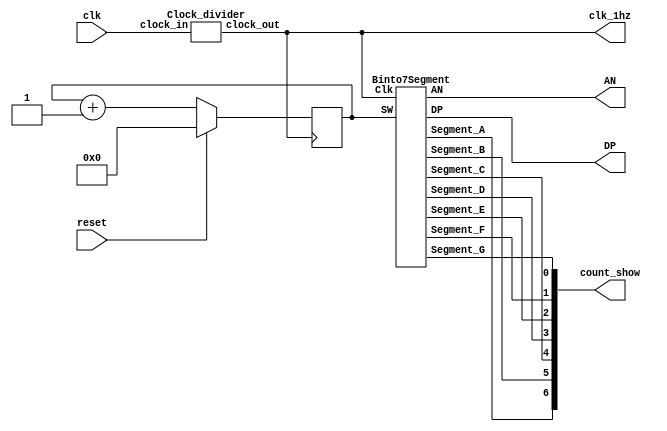
`timescale 1ns / 1ps

module counter_top(
    input clk, reset,
    output wire clk_1hz,
    output wire DP,
    output wire [7:0]AN,
    output [6:0]count_show
);

    reg [3:0]temp_count;
    wire [3:0]count;

    Clock_divider dut2(.clock_in(clk),.clock_out(clk_1hz));
    always@(posedge clk_1hz)
    begin
    if(reset)
        begin
            temp_count=4'b0000;
        end
        else
        begin
            temp_count=temp_count+1;
        end
    end 
    assign count=temp_count;
    Binto7Segment dut(.Clk(clk_1hz),.SW(count),
    .Segment_A(count_show[6]),
    .Segment_B(count_show[5]),
    .Segment_C(count_show[4]),
    .Segment_D(count_show[3]),
    .Segment_E(count_show[2]),
    .Segment_F(count_show[1]),
    .Segment_G(count_show[0]),
    .DP(DP),
    .AN(AN));
 endmodule  //counter_top
 
 module Clock_divider(clock_in,clock_out);
    input clock_in;
    output reg clock_out;
    reg[27:0] counter = 28'd0;
    parameter DIVISOR = 28'd100000000;
    
    always@(posedge clock_in)
    begin
        counter <= counter + 28'd1;
        if(counter>=(DIVISOR -1))
            counter <= 28'd0;
            clock_out <= (counter<DIVISOR/2)?1'b1:1'b0;
    end
 endmodule  //Clock_divider
 
 module Binto7Segment (
    input  Clk,
    input [3:0]SW,
    output Segment_A,
    output Segment_B,
    output Segment_C,
    output Segment_D,
    output Segment_E,
    output Segment_F,
    output Segment_G,
    output wire DP,
    output wire [7:0]AN
 );
    
    reg [6:0] r= 7'h00;
    assign AN = 8'b11111110;
    assign DP = 1;
    
    always@(posedge Clk)
    begin
        case (SW)
        4'b0000 : r <= 7'h7E;
        4'b0001 : r <= 7'h30;
        4'b0010 : r <= 7'h6D;
        4'b0011 : r <= 7'h79;
        4'b0100 : r <= 7'h33;
        4'b0101 : r <= 7'h5B;
        4'b0110 : r <= 7'h5F;
        4'b0111 : r <= 7'h70;
        4'b1000 : r <= 7'h7F;
        4'b1001 : r <= 7'h7B;
        4'b1010 : r <= 7'h77;
        4'b1011 : r <= 7'h1F;
        4'b1100 : r <= 7'h4E;
        4'b1101 : r <= 7'h3D;
        4'b1110 : r <= 7'h4F;
        4'b1111 : r <= 7'h47;
        endcase
    end
    assign  Segment_A = ~r[6];
    assign  Segment_B = ~r[5];
    assign  Segment_C = ~r[4];
    assign  Segment_D = ~r[3];
    assign  Segment_E = ~r[2];
    assign  Segment_F = ~r[1];
    assign  Segment_G = ~r[0];
 endmodule  //Binto7Segment